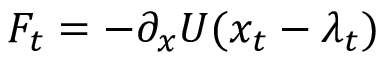
F _ { t } = - \partial _ { x } U ( x _ { t } - \lambda _ { t } )